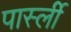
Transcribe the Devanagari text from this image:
पार्स्ली